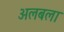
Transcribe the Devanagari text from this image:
अलबला